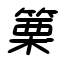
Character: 篥